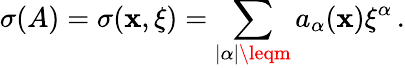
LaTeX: \sigma(A)=\sigma(\mathbf{x},\xi)=\sum_{|\alpha|\leqm}a_{\alpha}(\mathbf{x}){\xi}^{\alpha}\, .